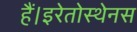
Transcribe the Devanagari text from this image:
हैं।इरेतोस्थेनस